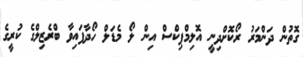
ގޮތުން ދަންމަރު ރޯކޮށްދިނީ އޮލިމްޕިކްސް އިން ލޯ މެޑަލް ހޯދާފައިވާ ބްރެޒިލްގެ ކުރީގެ